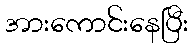
အားကောင်းနေပြီး